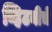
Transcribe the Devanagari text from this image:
व्हिटनीचे